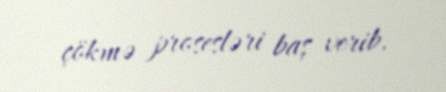
çökmə prosesləri baş verib.